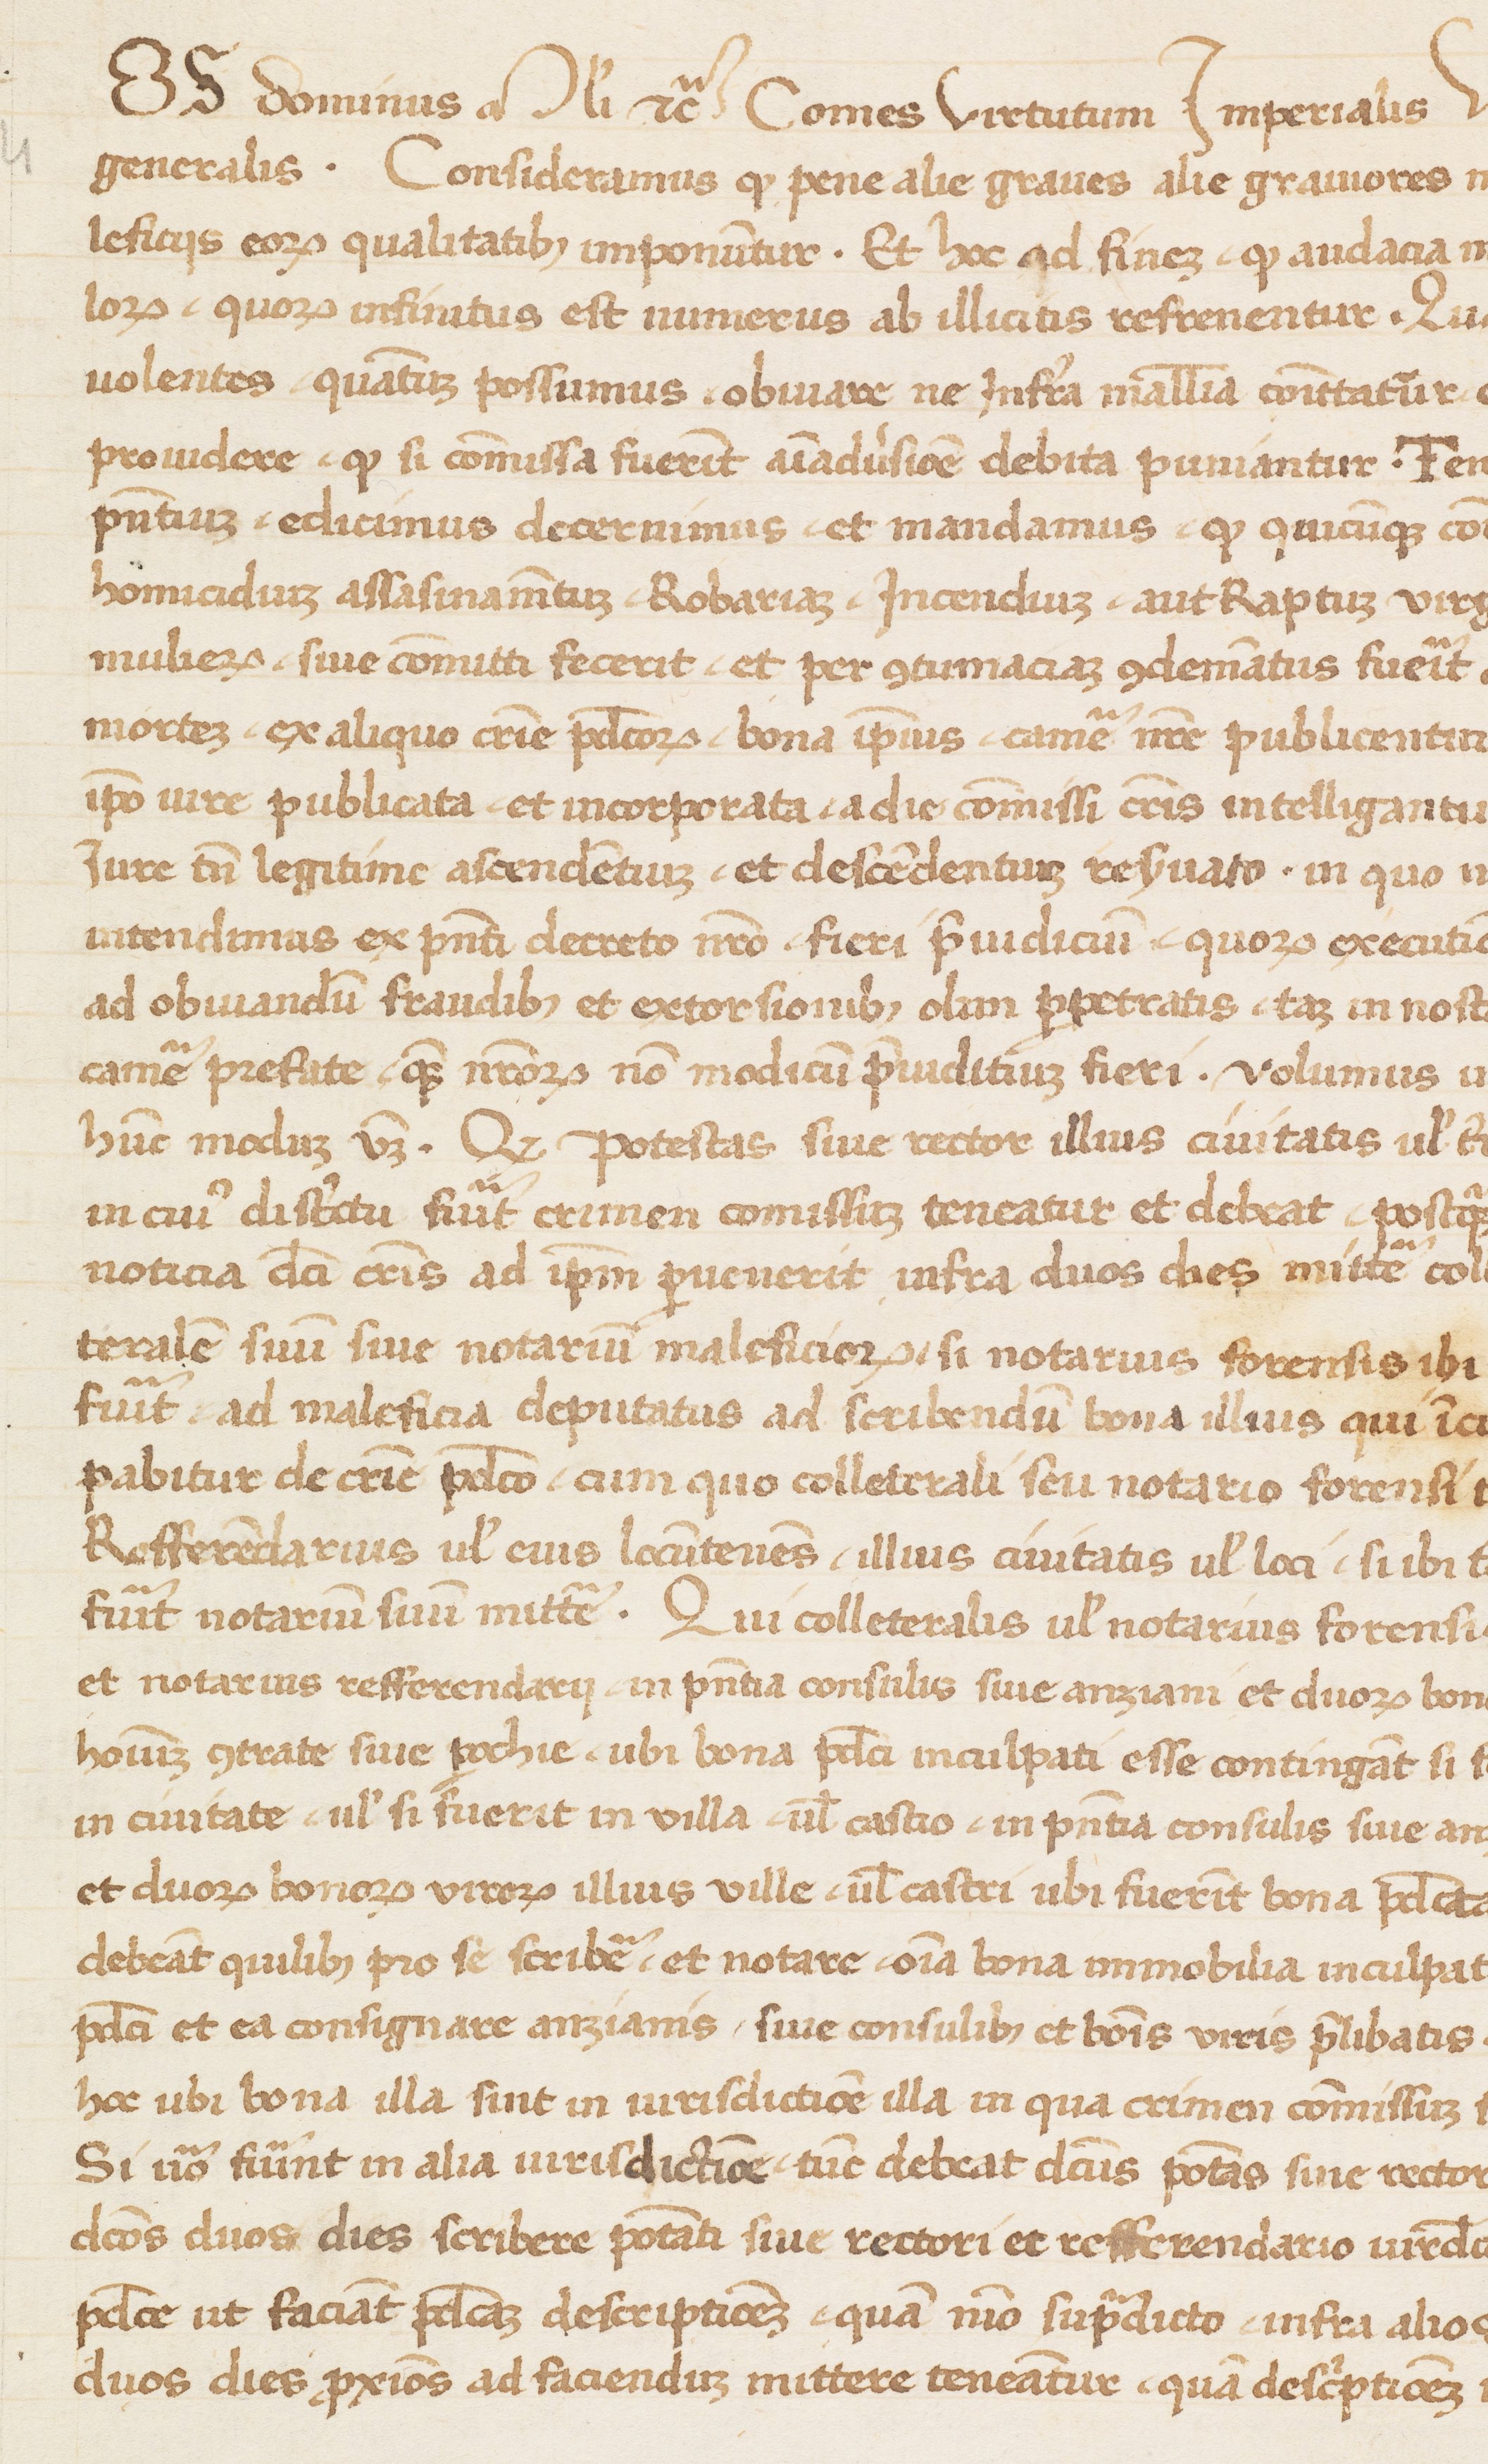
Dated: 1400–1499